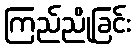
ကြည်ညိုခြင်း